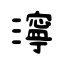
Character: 濘